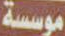
موسسة